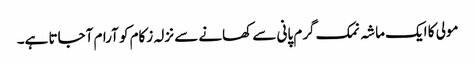
مولی کا ایک ماشہ نمک گرم پانی سے کھانے سے نزلہ زکام کو آرام آجاتا ہے۔